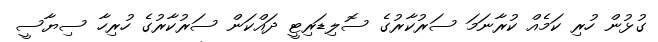
ގުޅުން ހުރި ކަމެއް ކުރާނަމަ ސަރުކާރުގެ ސޮލިޑަރިޓީ ދައްކަން ސަރުކާރުގެ ހުރިހާ ސިޔާސީ